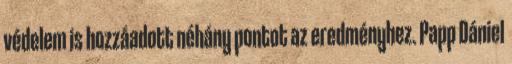
védelem is hozzáadott néhány pontot az eredményhez. Papp Dániel